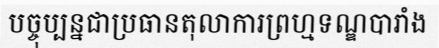
បច្ចុប្បន្នជាប្រធានតុលាការព្រហ្មទណ្ឌបារាំង